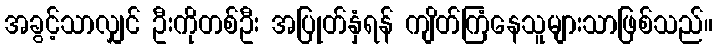
အခွင့်သာလျှင် ဦးကိုတစ်ဦး အပြုတ်နှံရန် ကျိတ်ကြံနေသူများသာဖြစ်သည်။